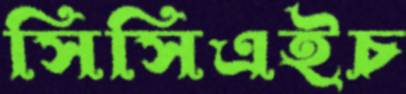
সিসিএইচ